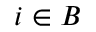
i \in B